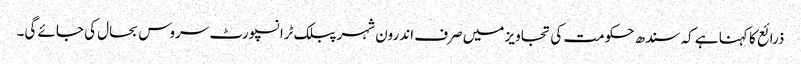
ذرائع کا کہنا ہے کہ سندھ حکومت کی تجاویز میں صرف اندرون شہر پبلک ٹرانسپورٹ سروس بحال کی جائے گی۔